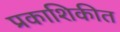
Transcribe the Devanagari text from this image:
प्रकाशिकीत